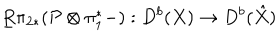
LaTeX: \underline { { { R } } } \pi _ { 2 * } ( { \cal P } \otimes \pi _ { 1 } ^ { * } - ) : D ^ { b } ( X ) \rightarrow D ^ { b } ( \hat { X } )